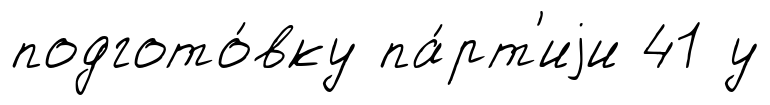
подгото́вку па́рт'иjи 41 у